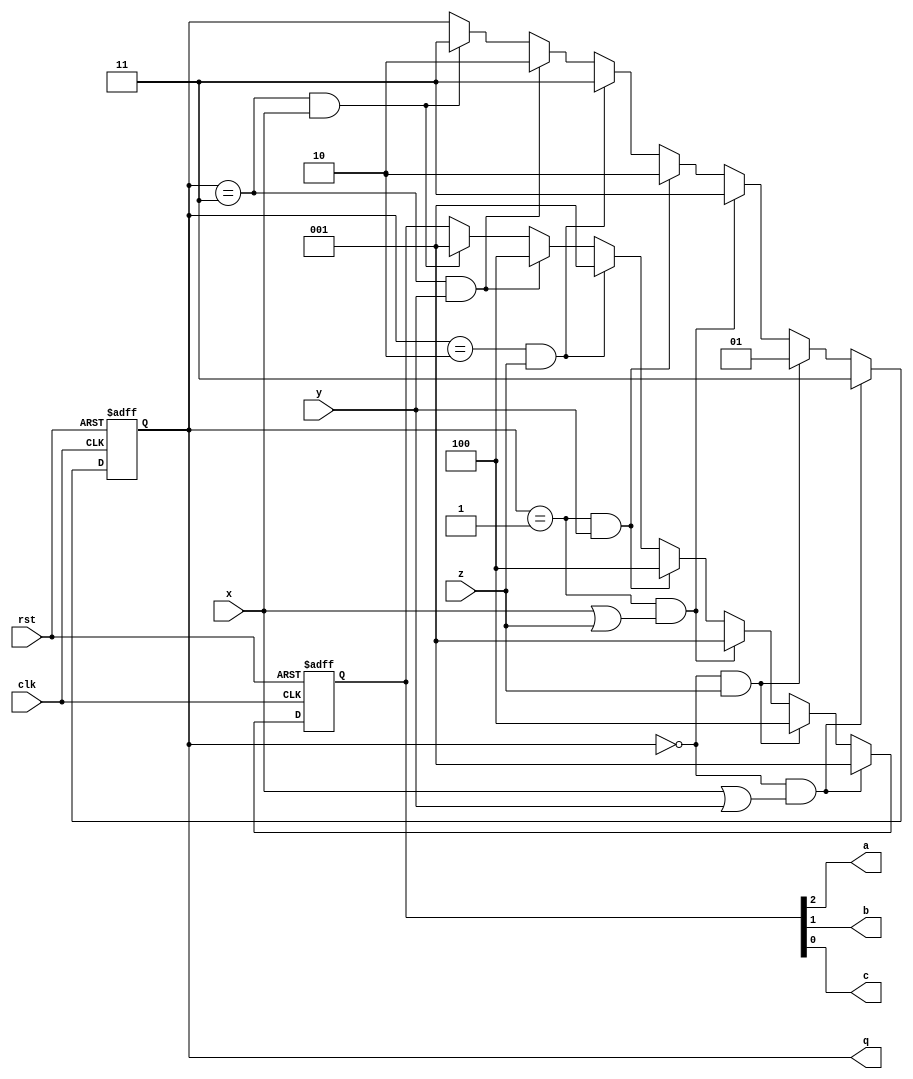
module lab8_part_three (q,a,b,c,x,y,z,clk,rst);

	input wire x,y,z,clk,rst;
	output wire [1:0]q;
	output wire a,b,c;
	
	reg [1:0]qReg;
	reg [2:0]outReg;
	
	assign q=qReg;
	assign a=outReg[2];
	assign b=outReg[1];
	assign c=outReg[0];
	
	always @ (posedge clk or negedge rst)
		if(~rst)begin
			qReg = 0;
			outReg = 2;
			end
		else if (qReg == 0 && (x || y))begin
			qReg = 3;
			outReg = 1;
			end
		else if (qReg == 0 && z)begin
			qReg = 1;
			outReg = 4;
			end
		else if (qReg == 1 && (x || z))begin
			qReg = 3;
			outReg = 1;
			end
		else if (qReg == 1 && y)begin
			qReg = 2;
			outReg = 4;
			end
		else if (qReg == 2 && z)begin
			qReg = 3;
			outReg = 1;
			end
		else if (qReg == 3 && y)begin
			qReg = 2;
			outReg = 4;
			end
		else if (qReg == 3 && x)begin
			qReg = 3;
			outReg = 1;
			end
	
endmodule